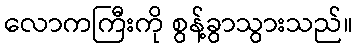
လောကကြီးကို စွန့်ခွာသွားသည်။